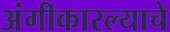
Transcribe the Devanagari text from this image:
अंगीकारल्याचे